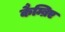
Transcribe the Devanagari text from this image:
कैम्ब्रिए